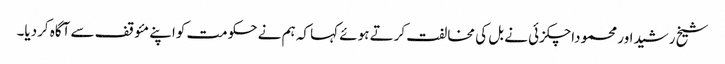
شیخ رشیداور محموداچکزئی نے بل کی مخالفت کرتے ہوئے کہا کہ ہم نے حکومت کواپنے مئوقف سے آگاہ کردیا۔